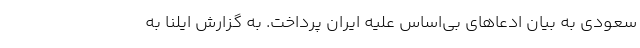
سعودی به بیان ادعاهای بی‌اساس علیه ایران پرداخت. به گزارش ایلنا به